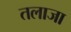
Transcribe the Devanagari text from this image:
तलाजा